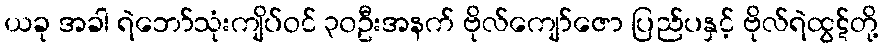
ယခု အခါ ရဲဘော်သုံးကျိပ်ဝင် ၃၀ဦးအနက် ဗိုလ်ကျော်ဇော ပြည်ပနှင့် ဗိုလ်ရဲထွဋ်တို့